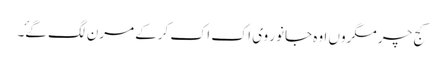
کج چر مگروں اوہ جانور وی اک اک کرکے مرن لگ گۓ۔